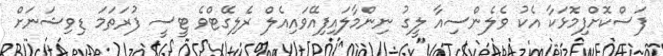
ފަސްކޮށްފިމޮޅަކާ އެކު ވެލެންސިއާ ލީގު ނިންމާލައިފިއޭވައިއެލް ރެލިގޭޓްވެ ޓީސީ ފުރަތަމަ ޑިވިޝަނަށް